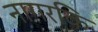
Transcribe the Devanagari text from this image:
नागरकि